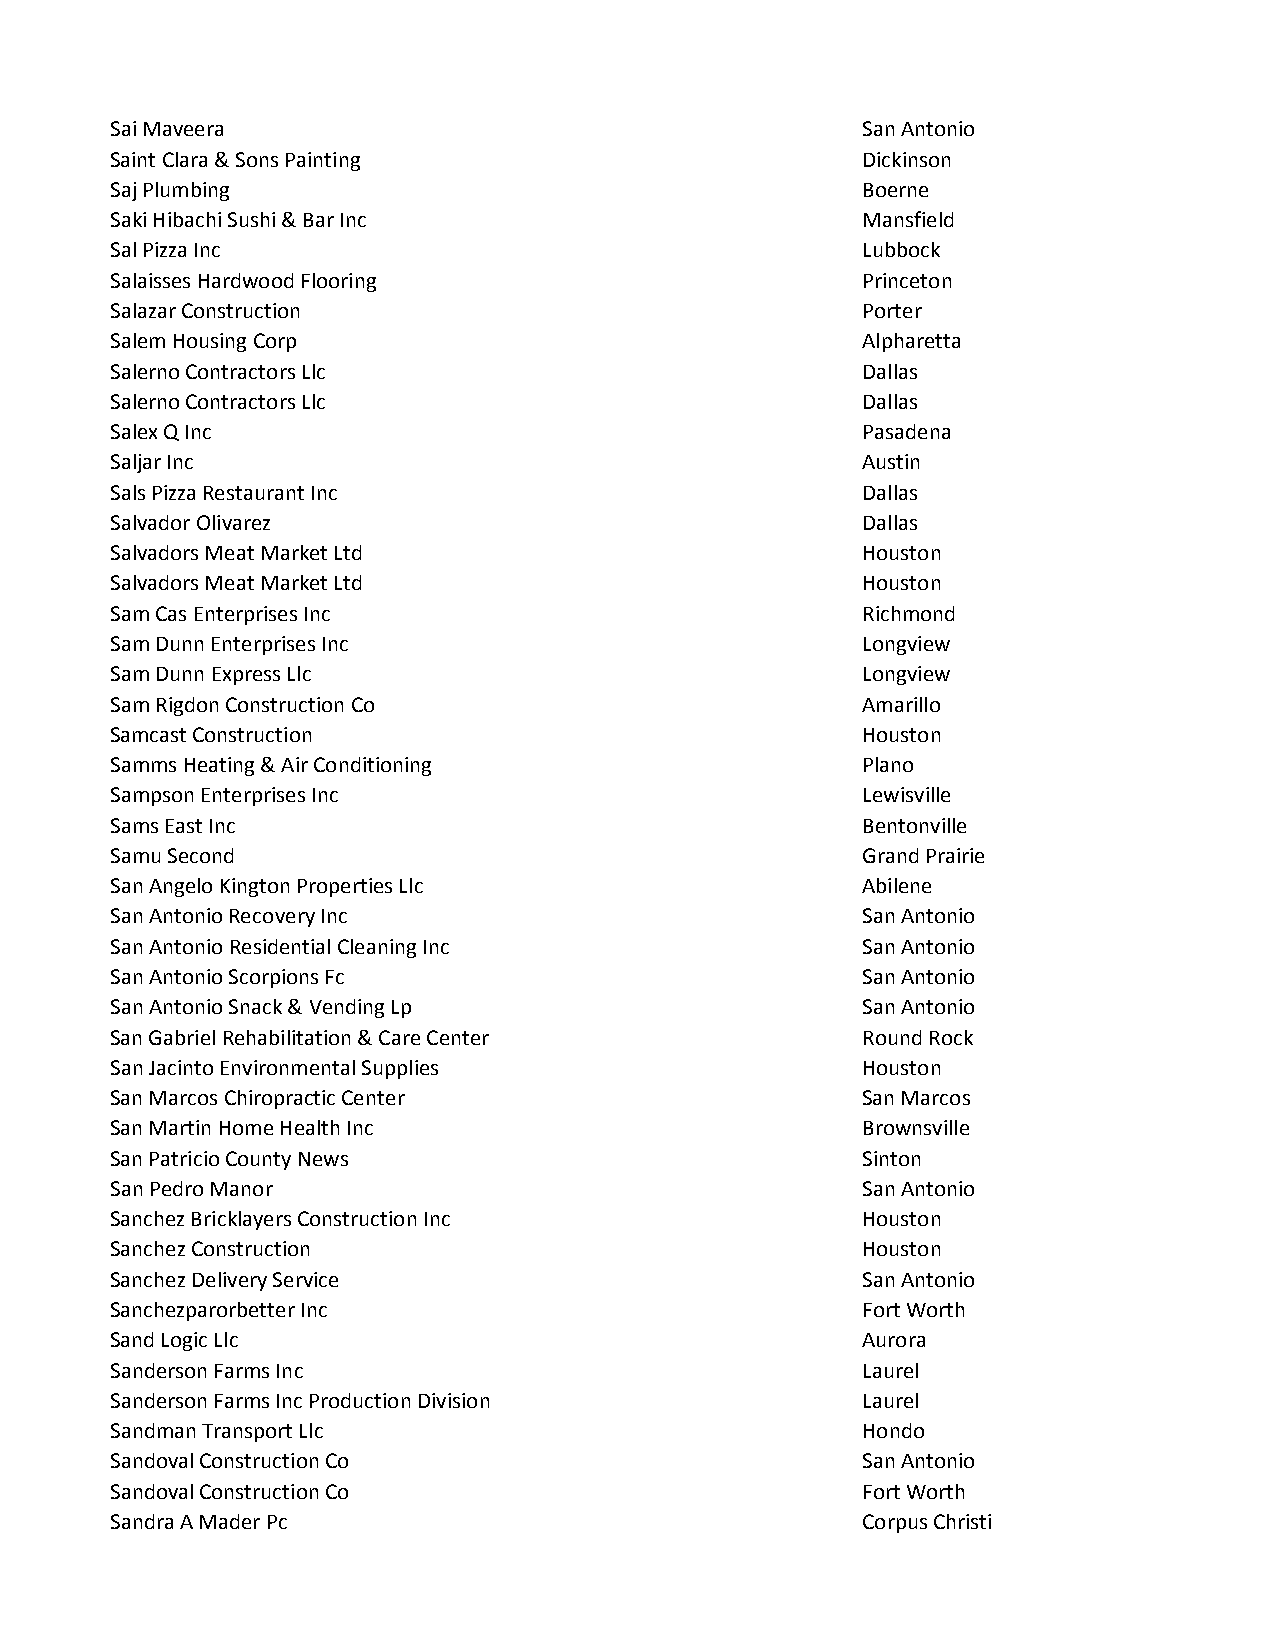
Sai Maveera                                       San Antonio
 Saint Clara & Sons Painting                       Dickinson
 Saj Plumbing                                      Boerne
 Saki Hibachi Sushi & Bar Inc                      Mansfield
 Sal Pizza Inc                                     Lubbock
 Salaisses Hardwood Flooring                       Princeton
 Salazar Construction                              Porter
 Salem Housing Corp                                Alpharetta
 Salerno Contractors Llc                           Dallas
 Salerno Contractors Llc                           Dallas
 Salex Q Inc                                       Pasadena
 Saljar Inc                                        Austin
 Sals Pizza Restaurant Inc                         Dallas
 Salvador Olivarez                                 Dallas
 Salvadors Meat Market Ltd                         Houston
 Salvadors Meat Market Ltd                         Houston
 Sam Cas Enterprises Inc                           Richmond
 Sam Dunn Enterprises Inc                          Longview
 Sam Dunn Express Llc                              Longview
 Sam Rigdon Construction Co                        Amarillo
 Samcast Construction                              Houston
 Samms Heating & Air Conditioning                  Plano
 Sampson Enterprises Inc                           Lewisville
 Sams East Inc                                     Bentonville
 Samu Second                                       Grand Prairie
 San Angelo Kington Properties Llc                 Abilene
 San Antonio Recovery Inc                          San Antonio
 San Antonio Residential Cleaning Inc              San Antonio
 San Antonio Scorpions Fc                          San Antonio
 San Antonio Snack & Vending Lp                    San Antonio
 San Gabriel Rehabilitation & Care Center          Round Rock
 San Jacinto Environmental Supplies                Houston
 San Marcos Chiropractic Center                    San Marcos
 San Martin Home Health Inc                        Brownsville
 San Patricio County News                          Sinton
 San Pedro Manor                                   San Antonio
 Sanchez Bricklayers Construction Inc              Houston
 Sanchez Construction                              Houston
 Sanchez Delivery Service                          San Antonio
 Sanchezparorbetter Inc                            Fort Worth
 Sand Logic Llc                                    Aurora
 Sanderson Farms Inc                               Laurel
 Sanderson Farms Inc Production Division           Laurel
 Sandman Transport Llc                             Hondo
 Sandoval Construction Co                          San Antonio
 Sandoval Construction Co                          Fort Worth
 Sandra A Mader Pc                                 Corpus Christi